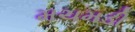
મચમડી